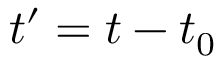
t ^ { \prime } = t - t _ { 0 }